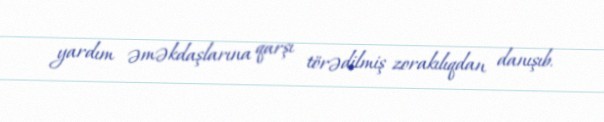
yardım əməkdaşlarına qarşı törədilmiş zorakılıqdan danışıb.